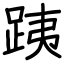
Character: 跠